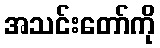
အသင်းတော်ကို